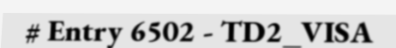
# Entry 6502 - TD2_VISA